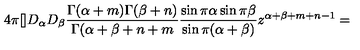
4 \pi [ ] D _ { \alpha } D _ { \beta } \frac { \Gamma ( \alpha + m ) \Gamma ( \beta + n ) } { \Gamma ( \alpha + \beta + n + m } \frac { \sin \pi \alpha \sin \pi \beta } { \sin \pi ( \alpha + \beta ) } z ^ { \alpha + \beta + m + n - 1 } =